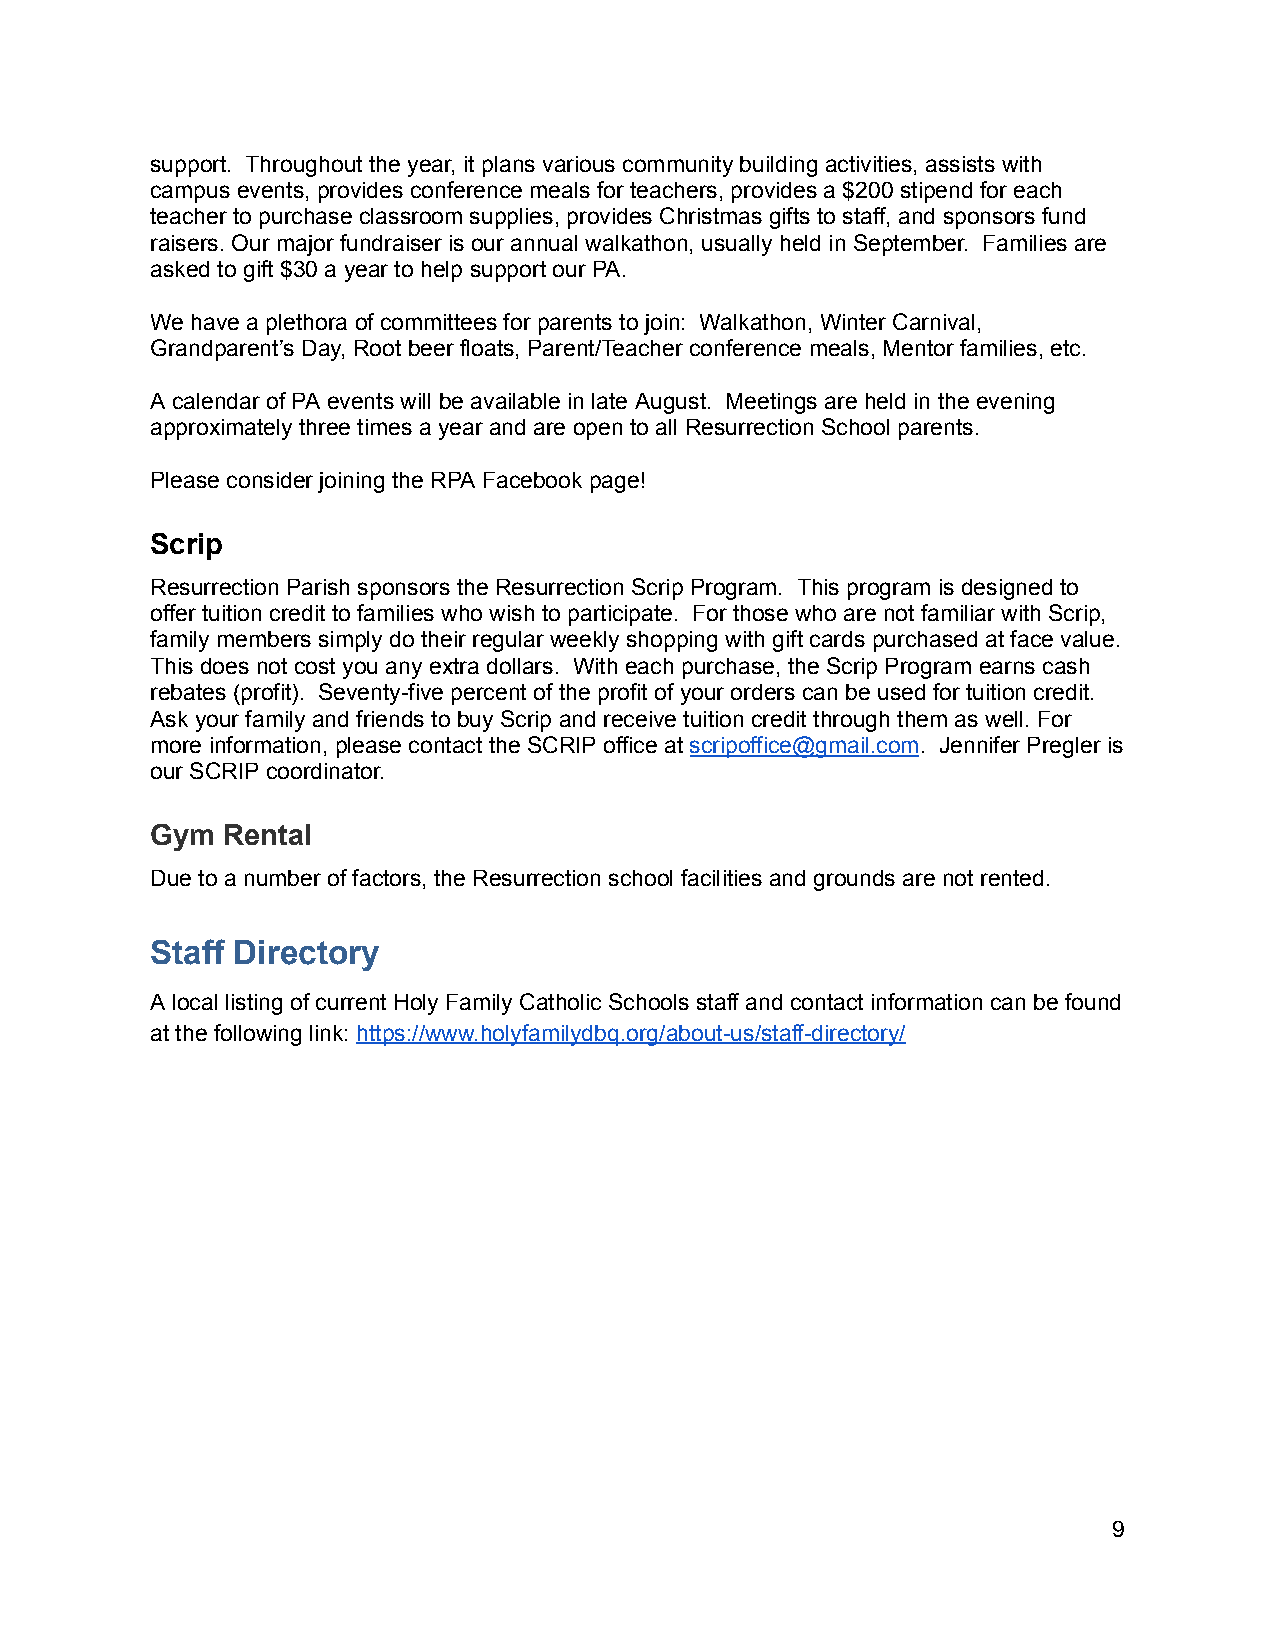
support. Throughout the year, it plans various community building activities, assists with
 campus events, provides conference meals for teachers, provides a $200 stipend for each
 teacher to purchase classroom supplies, provides Christmas gifts to staff, and sponsors fund
 raisers. Our major fundraiser is our annual walkathon, usually held in September. Families are
 asked to gift $30 a year to help support our PA.
 We have a plethora of committees for parents to join: Walkathon, Winter Carnival,
 Grandparent’s Day, Root beer floats, Parent/Teacher conference meals, Mentor families, etc.
 A calendar of PA events will be available in late August. Meetings are held in the evening
 approximately three times a year and are open to all Resurrection School parents.
 Please consider joining the RPA Facebook page!
 Scrip
 Resurrection Parish sponsors the Resurrection Scrip Program. This program is designed to
 offer tuition credit to families who wish to participate. For those who are not familiar with Scrip,
 family members simply do their regular weekly shopping with gift cards purchased at face value.
 This does not cost you any extra dollars. With each purchase, the Scrip Program earns cash
 rebates (profit). Seventy-five percent of the profit of your orders can be used for tuition credit.
 Ask your family and friends to buy Scrip and receive tuition credit through them as well. For
 more information, please contact the SCRIP office at scripoffice@gmail.com. Jennifer Pregler is
 our SCRIP coordinator.
 Gym  Rental
 Due to a number of factors, the Resurrection school facilities and grounds are not rented.
 Staff Directory
 A local listing of current Holy Family Catholic Schools staff and contact information can be found
 at the following link: https://www.holyfamilydbq.org/about-us/staff-directory/
 9